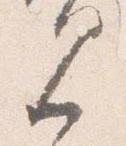
見